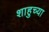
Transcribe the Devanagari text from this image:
शाहुच्या